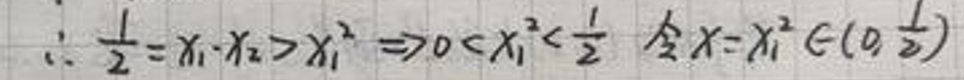
\[\therefore \frac{1}{2}=x_{1}\cdot x_{2}>x_{1}^{2}\Rightarrow 0 < x_{1}^{2}<\frac{1}{2}\text{ 令}x = x_{1}^{2}\in(0,\frac{1}{2})\]